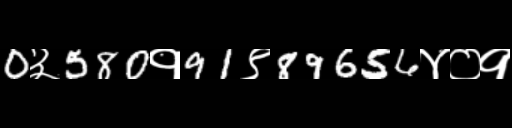
Text: 0३580१91९89656४०१